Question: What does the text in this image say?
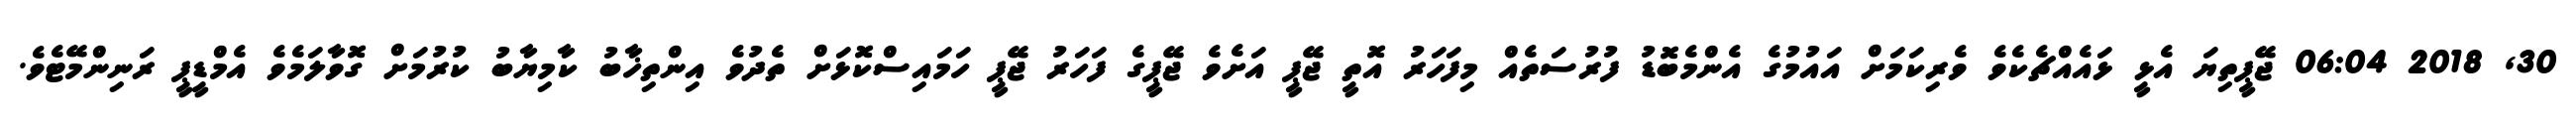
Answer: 30, 2018 06:04 ޖޭޕީތިޔަ އެޅީ ޅައެއްޗެކެވެ ވެރިކަމަށް އައުމުގެ އެންމެބޮޑު ފުރުސަތެއް މިފަހަރު އޮތީ ޖޭޕީ އަށެވެ ޖޭޕީގެ ފަހަރު ޖޭޕީ ހަމައިސްކޮޅަށް ތެދުވެ އިންތިޚާބު ކާމިޔާބު ކުރުމަށް ގޮވާލަމެވެ އެމްޑީޕީ ރަނިންމޭޓެވެ.